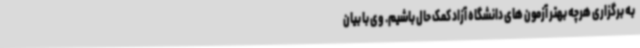
به برگزاری هرچه بهتر آزمون های دانشگاه آزاد کمک حال باشیم. وی با بیان